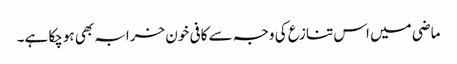
ماضی میں اس تنازع کی وجہ سے کافی خون خرابہ بھی ہوچکا ہے۔